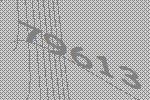
79613